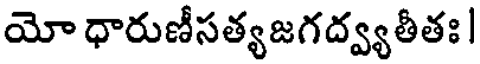
యో ధారుణీసత్యజగద్వ్యతీతః |